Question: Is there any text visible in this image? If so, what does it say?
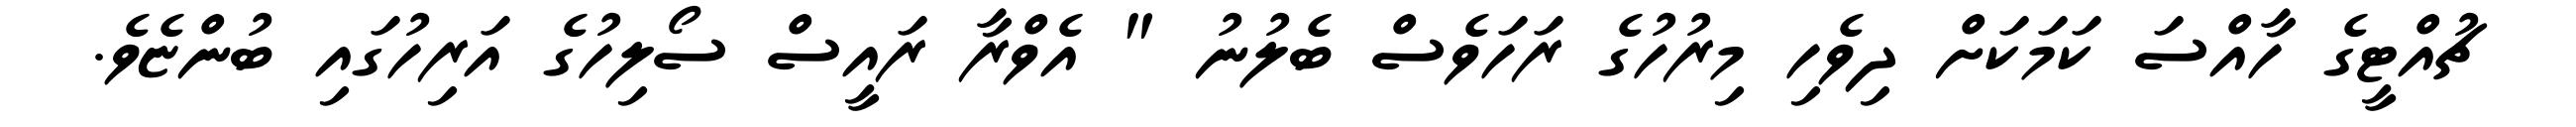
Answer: ޗުއްޓީގެ ހާއްސަ ކަމަކަށް ދިވެހި މިރުހުގެ ރަހަވެސް ބެލުނު " އެވްރާ ރައީސް ސޯލިހުގެ އަރިހުގައި ބުންޏެވެ.